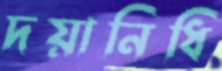
দয়ানিধি